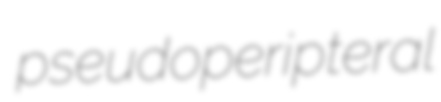
pseudoperipteral